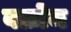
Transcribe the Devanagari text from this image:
वाज़ेम